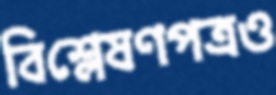
বিশ্লেষণপত্রও